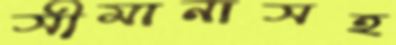
সীমানাসহ